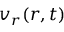
v _ { r } ( r , t )